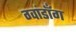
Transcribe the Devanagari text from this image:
ग्वांडॉंग